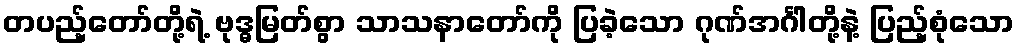
တပည့်တော်တို့ရဲ့ ဗုဒ္ဓမြတ်စွာ သာသနာတော်ကို ပြခဲ့သော ဂုဏ်အင်္ဂါတို့နဲ့ ပြည့်စုံသော